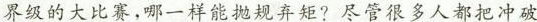
界级的大比赛，哪一样能抛规弃矩?尽管很多人都把冲破